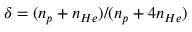
\delta = ( n _ { p } + n _ { H e } ) / ( n _ { p } + 4 n _ { H e } )